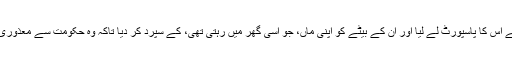
اس نے آتے ہی نگہت سے اس کا پاسپورٹ لے لیا اور ان کے بیٹے کو اپنی ماں، جو اسی گھر میں رہتی تھی، کے سپرد کر دیا تاکہ وہ حکومت سے معذوری الاؤنس حاصل کرسکیں۔